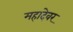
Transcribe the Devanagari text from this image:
महादेवर